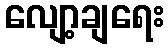
လျော့ချရေး